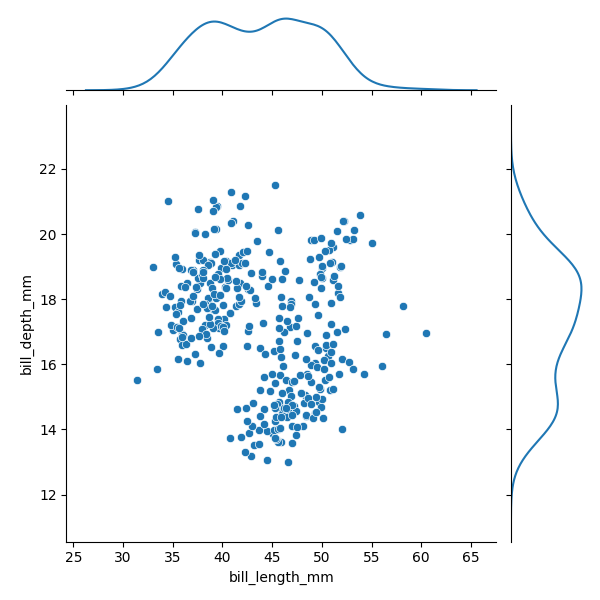
python, seaborn, JointGrid, scatterplot, kdeplot